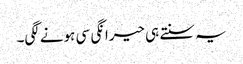
یہ سنتے ہی حیرانگی سی ہونے لگی۔